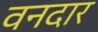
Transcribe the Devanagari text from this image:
वनदार